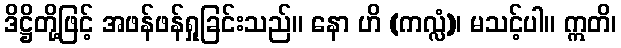
ဒိဋ္ဌိတို့ဖြင့် အဖန်ဖန်ရှုခြင်းသည်။ နော ဟိ (ကလ္လံ)၊ မသင့်ပါ။ ဣတိ၊